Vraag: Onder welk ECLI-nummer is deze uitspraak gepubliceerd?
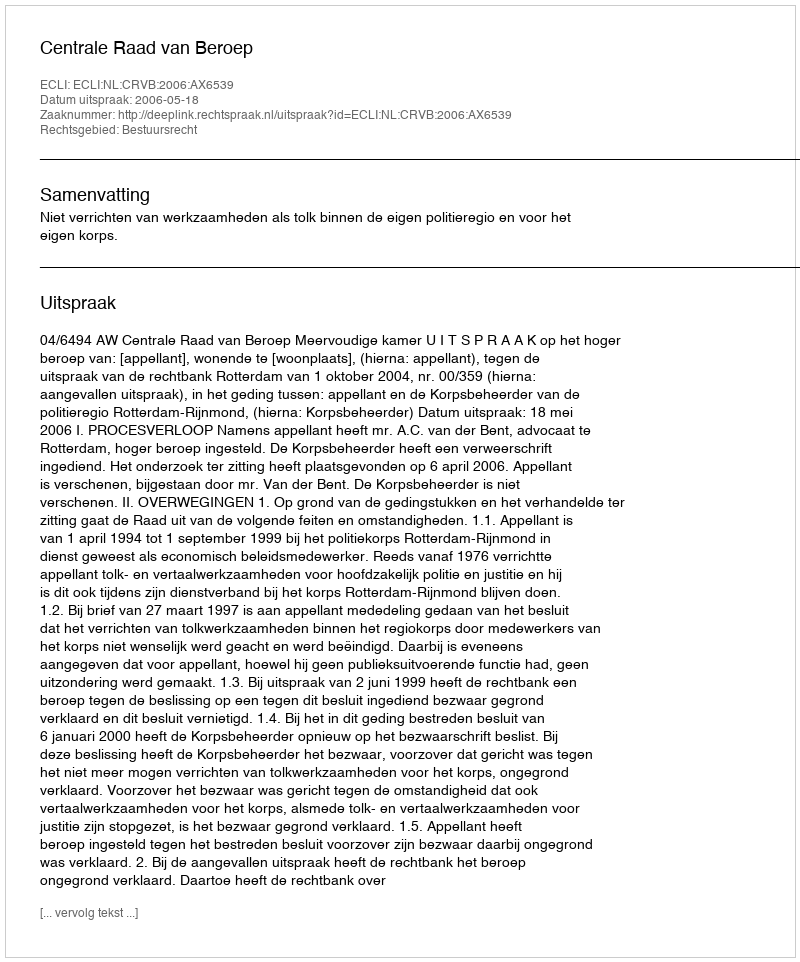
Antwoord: ECLI:NL:CRVB:2006:AX6539